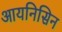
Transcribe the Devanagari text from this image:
आयनिसिन